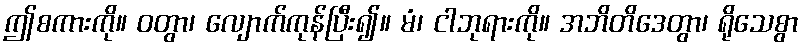
ဤစကားကို။ ဝတွာ၊ လျောက်ကုန်ပြီး၍။ မံ၊ ငါဘုရားကို။ အဘိတိဒေတွာ၊ ရိုသေစွာ